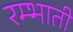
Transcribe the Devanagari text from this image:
रम्भाती